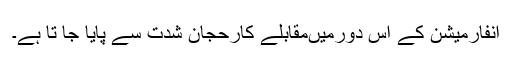
انفارمیشن کے اس دورمیںمقابلے کارحجان شدت سے پایا جا تا ہے۔